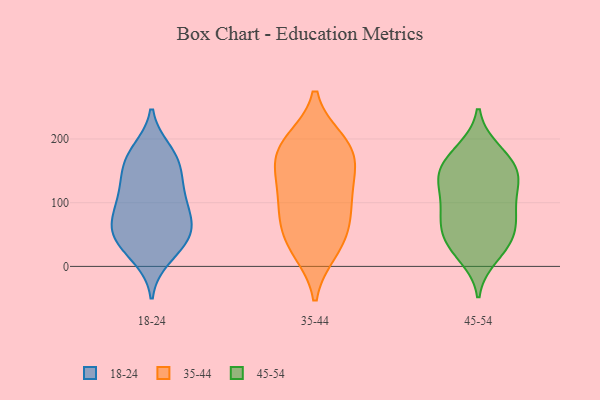
{"axis": {"x": "Headcount", "y": "Value"}, "legend": ["18-24", "35-44", "45-54"], "data": [{"x": "", "y": 177, "type": "18-24"}, {"x": "", "y": 126, "type": "18-24"}, {"x": "", "y": 33, "type": "18-24"}, {"x": "", "y": 57, "type": "18-24"}, {"x": "", "y": 113, "type": "18-24"}, {"x": "", "y": 150, "type": "18-24"}, {"x": "", "y": 48, "type": "18-24"}, {"x": "", "y": 103, "type": "18-24"}, {"x": "", "y": 153, "type": "18-24"}, {"x": "", "y": 14, "type": "18-24"}, {"x": "", "y": 69, "type": "18-24"}, {"x": "", "y": 73, "type": "18-24"}, {"x": "", "y": 73, "type": "18-24"}, {"x": "", "y": 170, "type": "18-24"}, {"x": "", "y": 182, "type": "18-24"}, {"x": "", "y": 27, "type": "18-24"}, {"x": "", "y": 52, "type": "18-24"}, {"x": "", "y": 106, "type": "18-24"}, {"x": "", "y": 53, "type": "35-44"}, {"x": "", "y": 191, "type": "35-44"}, {"x": "", "y": 197, "type": "35-44"}, {"x": "", "y": 109, "type": "35-44"}, {"x": "", "y": 117, "type": "35-44"}, {"x": "", "y": 25, "type": "35-44"}, {"x": "", "y": 24, "type": "35-44"}, {"x": "", "y": 163, "type": "35-44"}, {"x": "", "y": 160, "type": "35-44"}, {"x": "", "y": 112, "type": "35-44"}, {"x": "", "y": 69, "type": "35-44"}, {"x": "", "y": 70, "type": "35-44"}, {"x": "", "y": 163, "type": "35-44"}, {"x": "", "y": 195, "type": "35-44"}, {"x": "", "y": 33, "type": "45-54"}, {"x": "", "y": 33, "type": "45-54"}, {"x": "", "y": 162, "type": "45-54"}, {"x": "", "y": 85, "type": "45-54"}, {"x": "", "y": 16, "type": "45-54"}, {"x": "", "y": 74, "type": "45-54"}, {"x": "", "y": 53, "type": "45-54"}, {"x": "", "y": 90, "type": "45-54"}, {"x": "", "y": 178, "type": "45-54"}, {"x": "", "y": 88, "type": "45-54"}, {"x": "", "y": 144, "type": "45-54"}, {"x": "", "y": 129, "type": "45-54"}, {"x": "", "y": 148, "type": "45-54"}, {"x": "", "y": 182, "type": "45-54"}, {"x": "", "y": 134, "type": "45-54"}, {"x": "", "y": 48, "type": "45-54"}, {"x": "", "y": 134, "type": "45-54"}]}